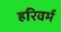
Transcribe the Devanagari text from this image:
हरिवर्म